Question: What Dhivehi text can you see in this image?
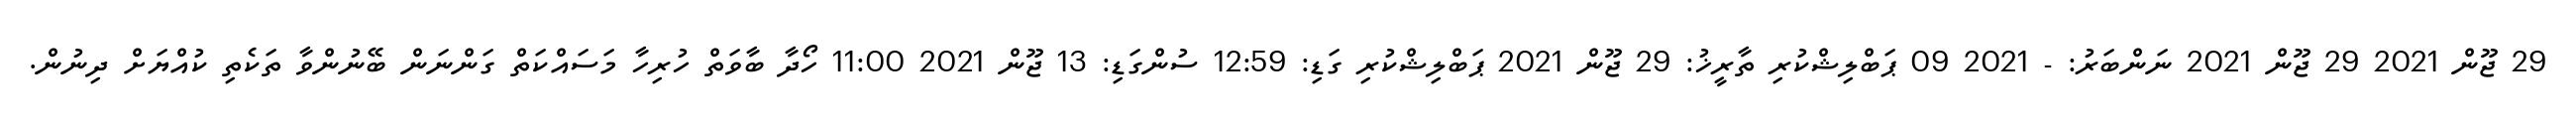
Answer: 29 ޖޫން 2021 29 ޖޫން 2021 ނަންބަރު: - 2021 09 ޕަބްލިޝްކުރި ތާރީޚު: 29 ޖޫން 2021 ޕަބްލިޝްކުރި ގަޑި: 12:59 ސުންގަޑި: 13 ޖޫން 2021 11:00 ހޯދާ ބާވަތް ހުރިހާ މަސައްކަތް ގަންނަން ބޭނުންވާ ތަކެތި ކުއްޔަށް ދިނުން.